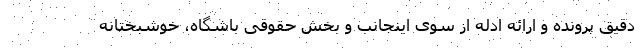
دقیق پرونده و ارائه ادله از سوی اینجانب و بخش حقوقی باشگاه، خوشبختانه